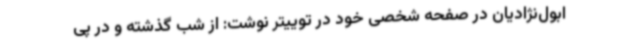
ابول‌نژادیان در صفحه شخصی خود در توییتر نوشت: از شب گذشته و در پی